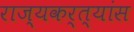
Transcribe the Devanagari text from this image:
राज्यकर्त्यांस